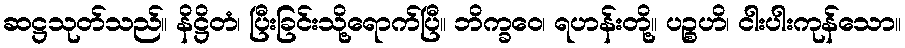
ဆဋ္ဌသုတ်သည်။ နိဋ္ဌိတံ၊ ပြီးခြင်းသို့ရောက်ပြီ။ ဘိက္ခဝေ၊ ရဟန်းတို့။ ပဉ္စဟိ၊ ငါးပါးကုန်သော။